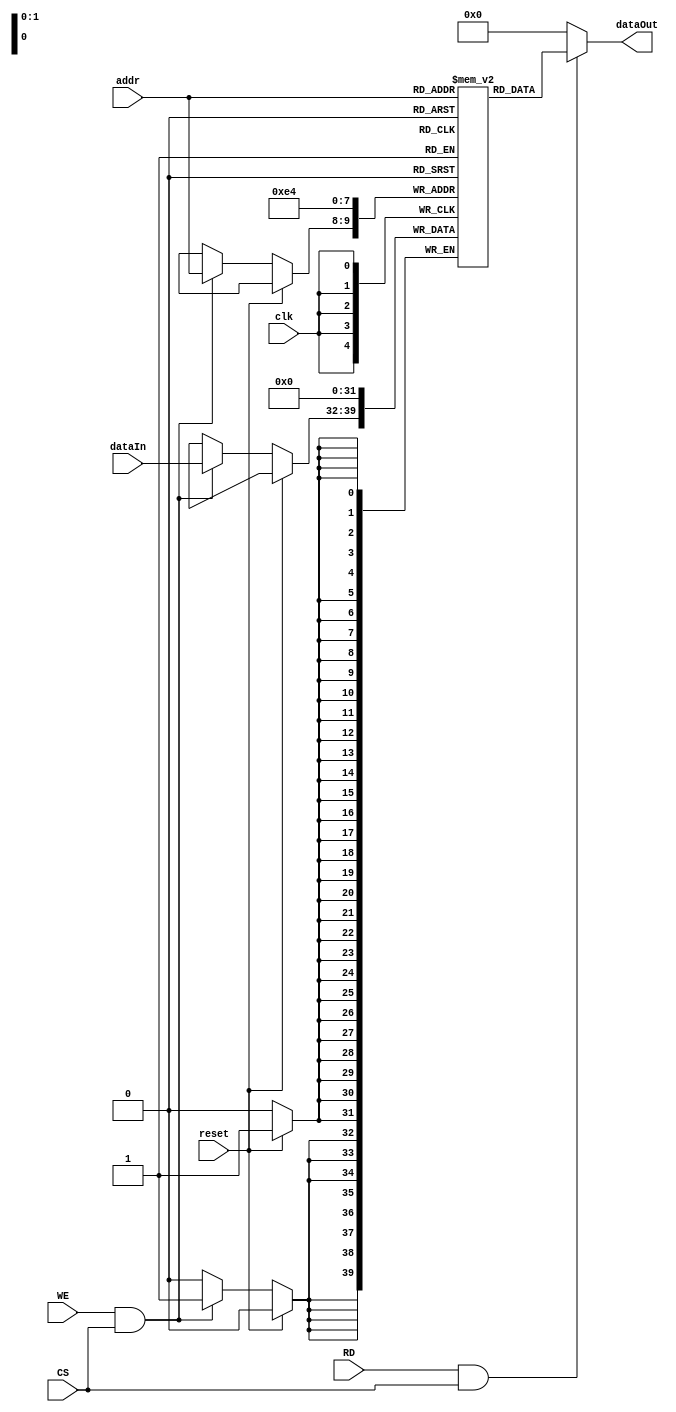
module synchronous_ram  #(
    parameter ADDR_SIZE = 2,
    parameter DATA_SIZE = 8
  )(
    input wire [ADDR_SIZE-1:0] addr,
    input wire RD,
    input wire WE,
    input wire CS,
    input wire clk,
    input wire reset,
    input wire [DATA_SIZE-1:0] dataIn,
    output wire [DATA_SIZE-1:0] dataOut
  );

  integer i;
  reg [7:0] mem [3:0];

  always @(posedge clk)
  begin
    if (reset)
    begin
      mem[0] <= 8'b00000000;
      mem[1] <= 8'b00000000;
      mem[2] <= 8'b00000000;
      mem[3] <= 8'b00000000;
    end
    else
    begin
      if (WE && CS)
        mem[addr] <= dataIn;
    end
  end

  assign dataOut = (RD && CS) ? mem[addr] : 8'b00000000;

endmodule